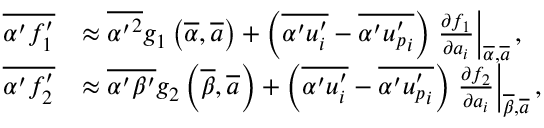
\begin{array} { r l } { \overline { { \alpha ^ { \prime } f _ { 1 } ^ { \prime } } } } & { \approx \overline { { { \alpha ^ { \prime } } ^ { 2 } } } g _ { 1 } \left( \overline { { \alpha } } , \overline { { \boldsymbol a } } \right) + \left( \overline { { \alpha ^ { \prime } u _ { i } ^ { \prime } } } - \overline { { \alpha ^ { \prime } { u _ { p } ^ { \prime } } _ { i } } } \right) \left. \frac { \partial f _ { 1 } } { \partial { a } _ { i } } \right| _ { \overline { { \alpha } } , \overline { { \boldsymbol { a } } } } , } \\ { \overline { { \alpha ^ { \prime } f _ { 2 } ^ { \prime } } } } & { \approx \overline { { \alpha ^ { \prime } \beta ^ { \prime } } } g _ { 2 } \left( \overline { { \beta } } , \overline { { \boldsymbol a } } \right) + \left( \overline { { \alpha ^ { \prime } u _ { i } ^ { \prime } } } - \overline { { \alpha ^ { \prime } { { u _ { p } ^ { \prime } } _ { i } } } } \right) \left. \frac { \partial f _ { 2 } } { \partial { a _ { i } } } \right| _ { \overline { { \beta } } , \overline { { \boldsymbol { a } } } } , } \end{array}